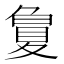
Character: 𡕳